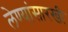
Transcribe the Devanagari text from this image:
लेण्यांसारखी